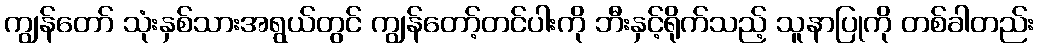
ကျွန်တော် သုံးနှစ်သားအရွယ်တွင် ကျွန်တော့်တင်ပါးကို ဘီးနှင့်ရိုက်သည့် သူနာပြုကို တစ်ခါတည်း